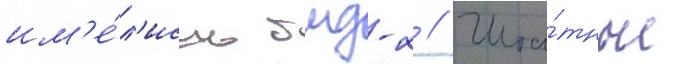
им'е́л'ись бмд-2 // Шта́тные